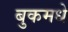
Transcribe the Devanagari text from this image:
बुकमधे